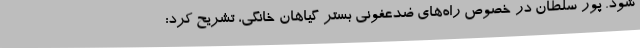
شود. پور سلطان در خصوص راه‌های ضدعفونی بستر گیاهان خانگی، تشریح کرد: